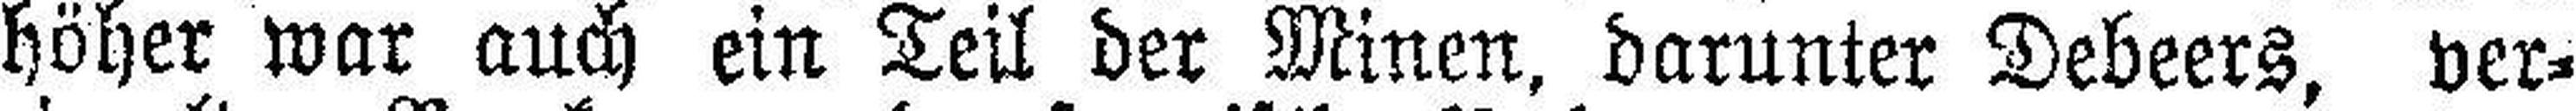
höher war auch ein Teil der Minen, darunter Debeers, ver¬